Medical and sanitary report of the native army of Bengal for the year
Year: 1876
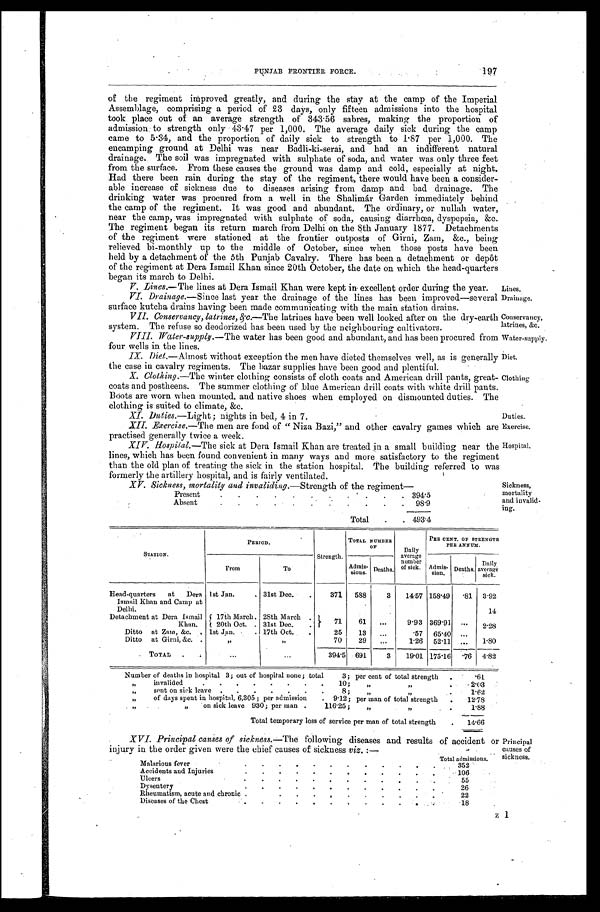
Lines.
Drainage.
Conservancy,
latrines, &c.
Water-supply.
Diet.
Clothing
Duties.
Exercise.
Hospital.
Sickness,
mortality
and invalid
-ing.
STATION.
PERIOD.
Strength.
TOTAL NUMBER OF
Daily
average number of sick.
PER CENT. OF STRENGTH
PER ANNUM.
From
To
Admis- sions. Deaths.
Admis- sion. Deaths. Daily
average sick.
Head-quarters at Dera
Ismail Khan and Camp at Delhi.
1st Jan.
31st Dec.
371 588
3 14.57158.49.81
3 . 9 2
Detachment at Dera Ismail
Khan.
17th March. 28th March 7 1
61
9.93 369.91
2.28
20th Oct. 31st Dec.
Ditto at Zann, &c. 1st Jan.
17th Oct.
25 13
.57 65.40
Ditto at Girni, &c.
"
"
70 29
1.26 52.11
1.80
TOTAL
394.5 691
3 19.01 175.16
. 7 6
4 . 8 2
Number of deaths in hospital 3; out of hospital none; total 3; per cent of total strength
.61
" invalided 10; " "
2.03
" s e n t o n s i c k l e a v e 8 ; " "
1.62
" of days spent in hospital, 6,305; per admission 9.12; per man of total strength
12.78
" "on sick leave 930; per man 116.25; " " 1.88
Total temporary loss of service per man of total strength
14.66
197
PUNJAB FRONTIER FORCE.
of the regiment improved greatly, and during the stay at the camp of the Imperial
Assemblage, comprising a period of 23 days, only fifteen admissions into the hospital
took place out of an average strength of 343.56 sabres, making the proportion of
admission to strength only 43.47 per 1,000. The average daily sick during the camp
came to 5.34, and the proportion of daily sick to strength to 1.87 per 1,000. The
encamping ground at Delhi was near Badli-ki-serai, and had an indifferent natural
drainage. The soil was impregnated with sulphate of soda, and water was only three feet
from the surface. From these causes the ground was damp and cold, especially at night.
Had there been rain during the stay of the regiment, there would have been a consider-
able increase of sickness due to diseases arising from damp and bad drainage. The
drinking water was procured from a well in the Shalimár Garden immediately behind
the camp of the regiment. It was good and abundant. The ordinary, or nullah water,
near the camp, was impregnated with sulphate of soda, causing diarrhœa, dyspepsia, &c.
The regiment began its return march from Delhi on the 8th January 1877. Detachments
of the regiment were stationed at the frontier outposts of Girni, Zam, &c., being
relieved bi-monthly up to the middle of October, since when those posts have been
held by a detachment of the 5th Punjab Cavalry. There has been a detachment or depôt
of the regiment at Dera Ismail Khan since 20th October, the date on which the head-quarters
began its march to Delhi.
V. Lines.—The lines at Dera Ismail Khan were kept in excellent order during the year.
VI. Drainage.—Since last year the drainage of the lines has been improved—several
surface kutcha drains having been made communicating with the main station drains.
VII. Conservancy, latrines, &c.—The latrines have been well looked after on the dry-earth
system. The refuse so deodorized has been used by the neighbouring cultivators.
VIII. Water-supply. —The water has been good and abundant, and has been procured from
four wells in the lines.
IX. Diet. —Almost without exception the men have dieted themselves well, as is generally
the case in cavalry regiments. The bazar supplies have been good and plentiful.
X. Clothing.—The winter clothing consists of cloth coats and American drill pants, great
- c o a t s a n d p o s t h e e n s . T h e s u m m e r c l o t h i n g o f b l u e A m e r i c a n d r i l l c o a t s w i t h w h i t e d r i l l p a n t s .
Boots are worn when mounted, and native shoes when employed on dismounted duties. The
clothing is suited to climate, &c.
XI. Duties.—Light; nights in bed, 4 in 7.
XII. Exercise.—The men are fond of "Niza Bazi," and other cavalry games which are
practised generally twice a week.
XIV. Hospital. —The sick at Dera Ismail Khan are treated in a small building near the
lines, which has been found convenient in many ways and more satisfactory to the regiment
than the old plan of treating the sick in the station hospital. The building referred to was
formerly the artillery hospital, and is fairly ventilated.
XV. Sickness, mortality and invaliding. —Strength of the regiment—
Present 394.5
A b s e n t 9 8 . 9
Total 493.4
XVI. Principal causes of sickness. —The following diseases and results of accident or
injury in the order given were the chief causes of sickness viz. :—
Principal
causes of
sickness.
Malarious fever
Total admissions. 352
A c c i d e n t s a n d I n j u r i e s
106
Ulcers
55
Dysentery
2 6
Rheumatism, acute and chronic
22
D i s e a s e s o f t h e C h e s t
18
Z 1